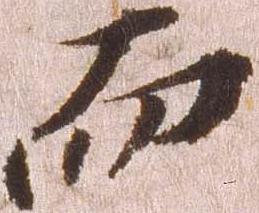
而